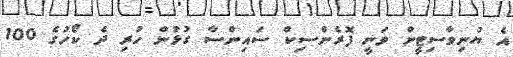
އެ ޔުނިވާސިޓީން ވަނީ ފޮރެންސިކް ސައިންސާ ގުޅުން ހުރި ދެ ކޯހުގެ 100